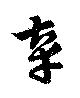
辜